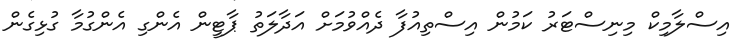
އިސްލާމިކް މިނިސްޓަރު ކަމުން އިސްތިއުފާ ދެއްވުމަށް އަދާލަތު ޕާޓީން އެންގި އެންގުމާ ގުޅިގެން